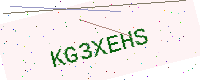
Text: KG3XEHS